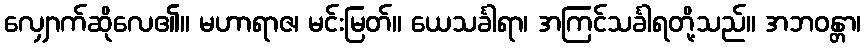
လျှောက်ဆိုလေ၏။ မဟာရာဇ၊ မင်းမြတ်။ ယေသင်္ခါရာ၊ အကြင်သင်္ခါရတို့သည်။ အဘဝန္တာ၊